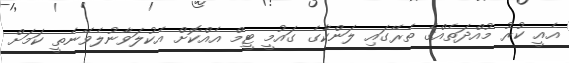
އެއީ ކުރު މުއްދަތެއްގެ ތެރޭގައި ލަންކާގެ ގައުމީ ޓީމް އެއްކޮށް އެކުލަވާނުލެވޭނެތީ ކަމަށް